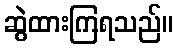
ဆွဲထားကြရသည်။